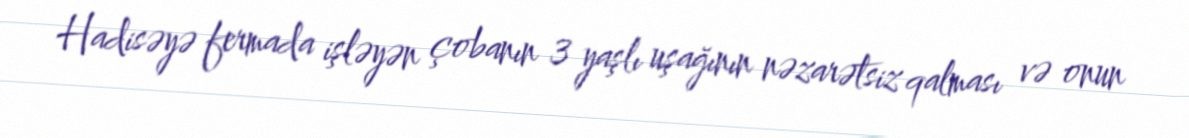
Hadisəyə fermada işləyən çobanın 3 yaşlı uşağının nəzarətsiz qalması və onun